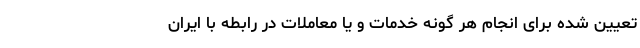
تعیین شده برای انجام هر گونه خدمات و یا معاملات در رابطه با ایران